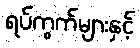
ရပ်ကွက်များနှင့်